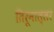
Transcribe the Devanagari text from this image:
तिरूनाल्लर